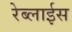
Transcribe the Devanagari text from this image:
रेब्लाईस